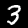
Digit: 3